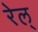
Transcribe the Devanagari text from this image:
रेल्